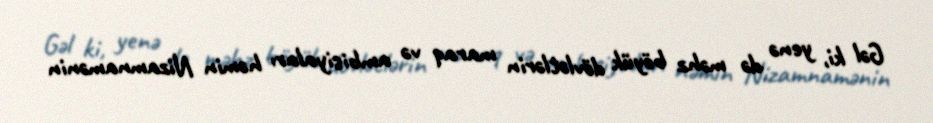
Gəl ki, yenə də məhz böyük dövlətlərin maraq və ambisiyaları həmin Nizamnamənin